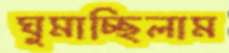
ঘুমাচ্ছিলাম